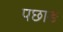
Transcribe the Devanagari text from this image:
पछाङ